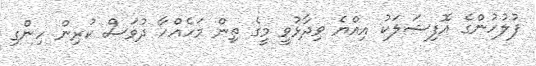
ފުލުހުންގެ އޮފިޝަލަކު އިއްޔެ ވިދާޅުވީ މީގެ ތިން މަހެއްހާ ދުވަސް ކުރިން ހިންގި